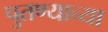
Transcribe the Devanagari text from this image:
पुतण्याच्या